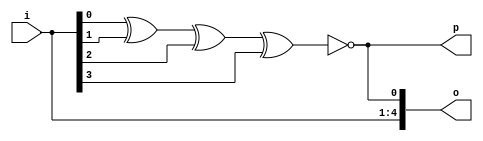
`timescale 1ns / 1ps
//////////////////////////////////////////////////////////////////////////////////
// Company: 
// Engineer: 
// 
// Design Name: 
// Module Name:    D4b_odd_pg 
// Project Name: 
// Target Devices: 
// Tool versions: 
// Description: 
//
// Dependencies: 
//
// Revision: 
// Revision 0.01 - File Created
// Additional Comments: 
//
//////////////////////////////////////////////////////////////////////////////////
module D4b_odd_pg(o,p,i);
input [3:0]i;
output p;
output [4:0]o;
assign p=~(i[0]^i[1]^i[2]^i[3]);
assign o={i,p};
endmodule